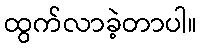
ထွက်လာခဲ့တာပါ။